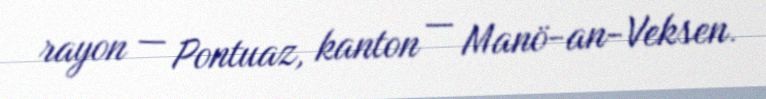
rayon — Pontuaz, kanton — Manö-an-Veksen.